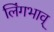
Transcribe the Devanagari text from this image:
लिंगभाव्